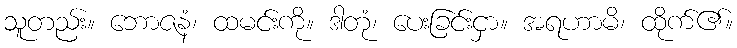
သူတည်း။ ဘောဇနံ၊ ထမင်းကို။ ဒါတုံ၊ ပေးခြင်းငှာ။ အရဟာမိ၊ ထိုက်၏။